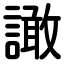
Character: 譀